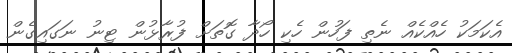
އެކަމަކު ހެއްކެއް ނެތި ފަހުން ހެކި ހޯދާ ގޮތަށް ފުރާޅުން ޓިނު ނަގައިގެން